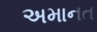
અમાનત